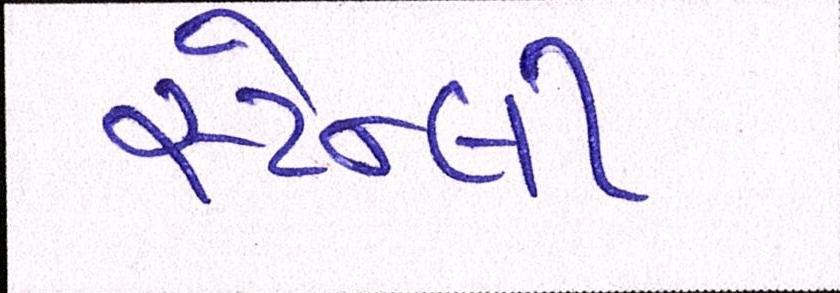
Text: સ્ટેન્લી